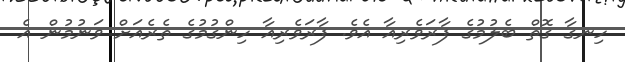
ހިނގާ ގޮތް ބެލުމުގެ ފާރަވެރިއާ އެވެ. ފާރަވެރިއާ ހިންގުމުގެ ތެރެއަށް ވަނުމުން އެ